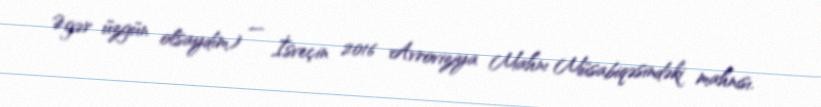
Əgər üzgün olsaydım) — İsveçin 2016 Avroviziya Mahnı Müsabiqəsindəki mahnısı.